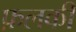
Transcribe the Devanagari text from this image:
फ़लकी